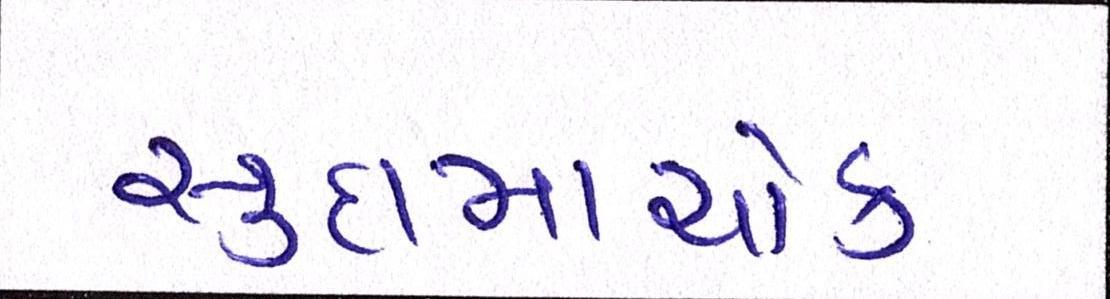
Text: સુદામાચોક